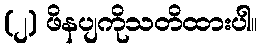
(၂) ဖိနပျကိုသတိထားပါ။